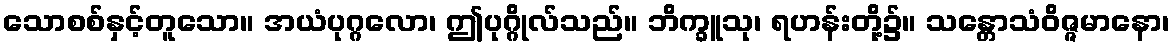
သောစစ်နှင့်တူသော။ အယံပုဂ္ဂလော၊ ဤပုဂ္ဂိုလ်သည်။ ဘိက္ခူသု၊ ရဟန်းတို့၌။ သန္တောသံဝိဇ္ဇမာနော၊